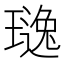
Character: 𱯤